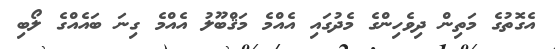
އެގޮތުގެ މަތިން ދިވެހިންގެ މެދުގައި އެއްމެ މަޤްބޫލު އެއްމެ ގިނަ ބައެއްގެ ލޯބި